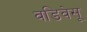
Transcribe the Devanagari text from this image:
वडिवेसू